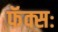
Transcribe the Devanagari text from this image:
फॅक्सः